65_HS1-834228961_62-HQ-83894_Section_8
Agency: FBI
Page 94
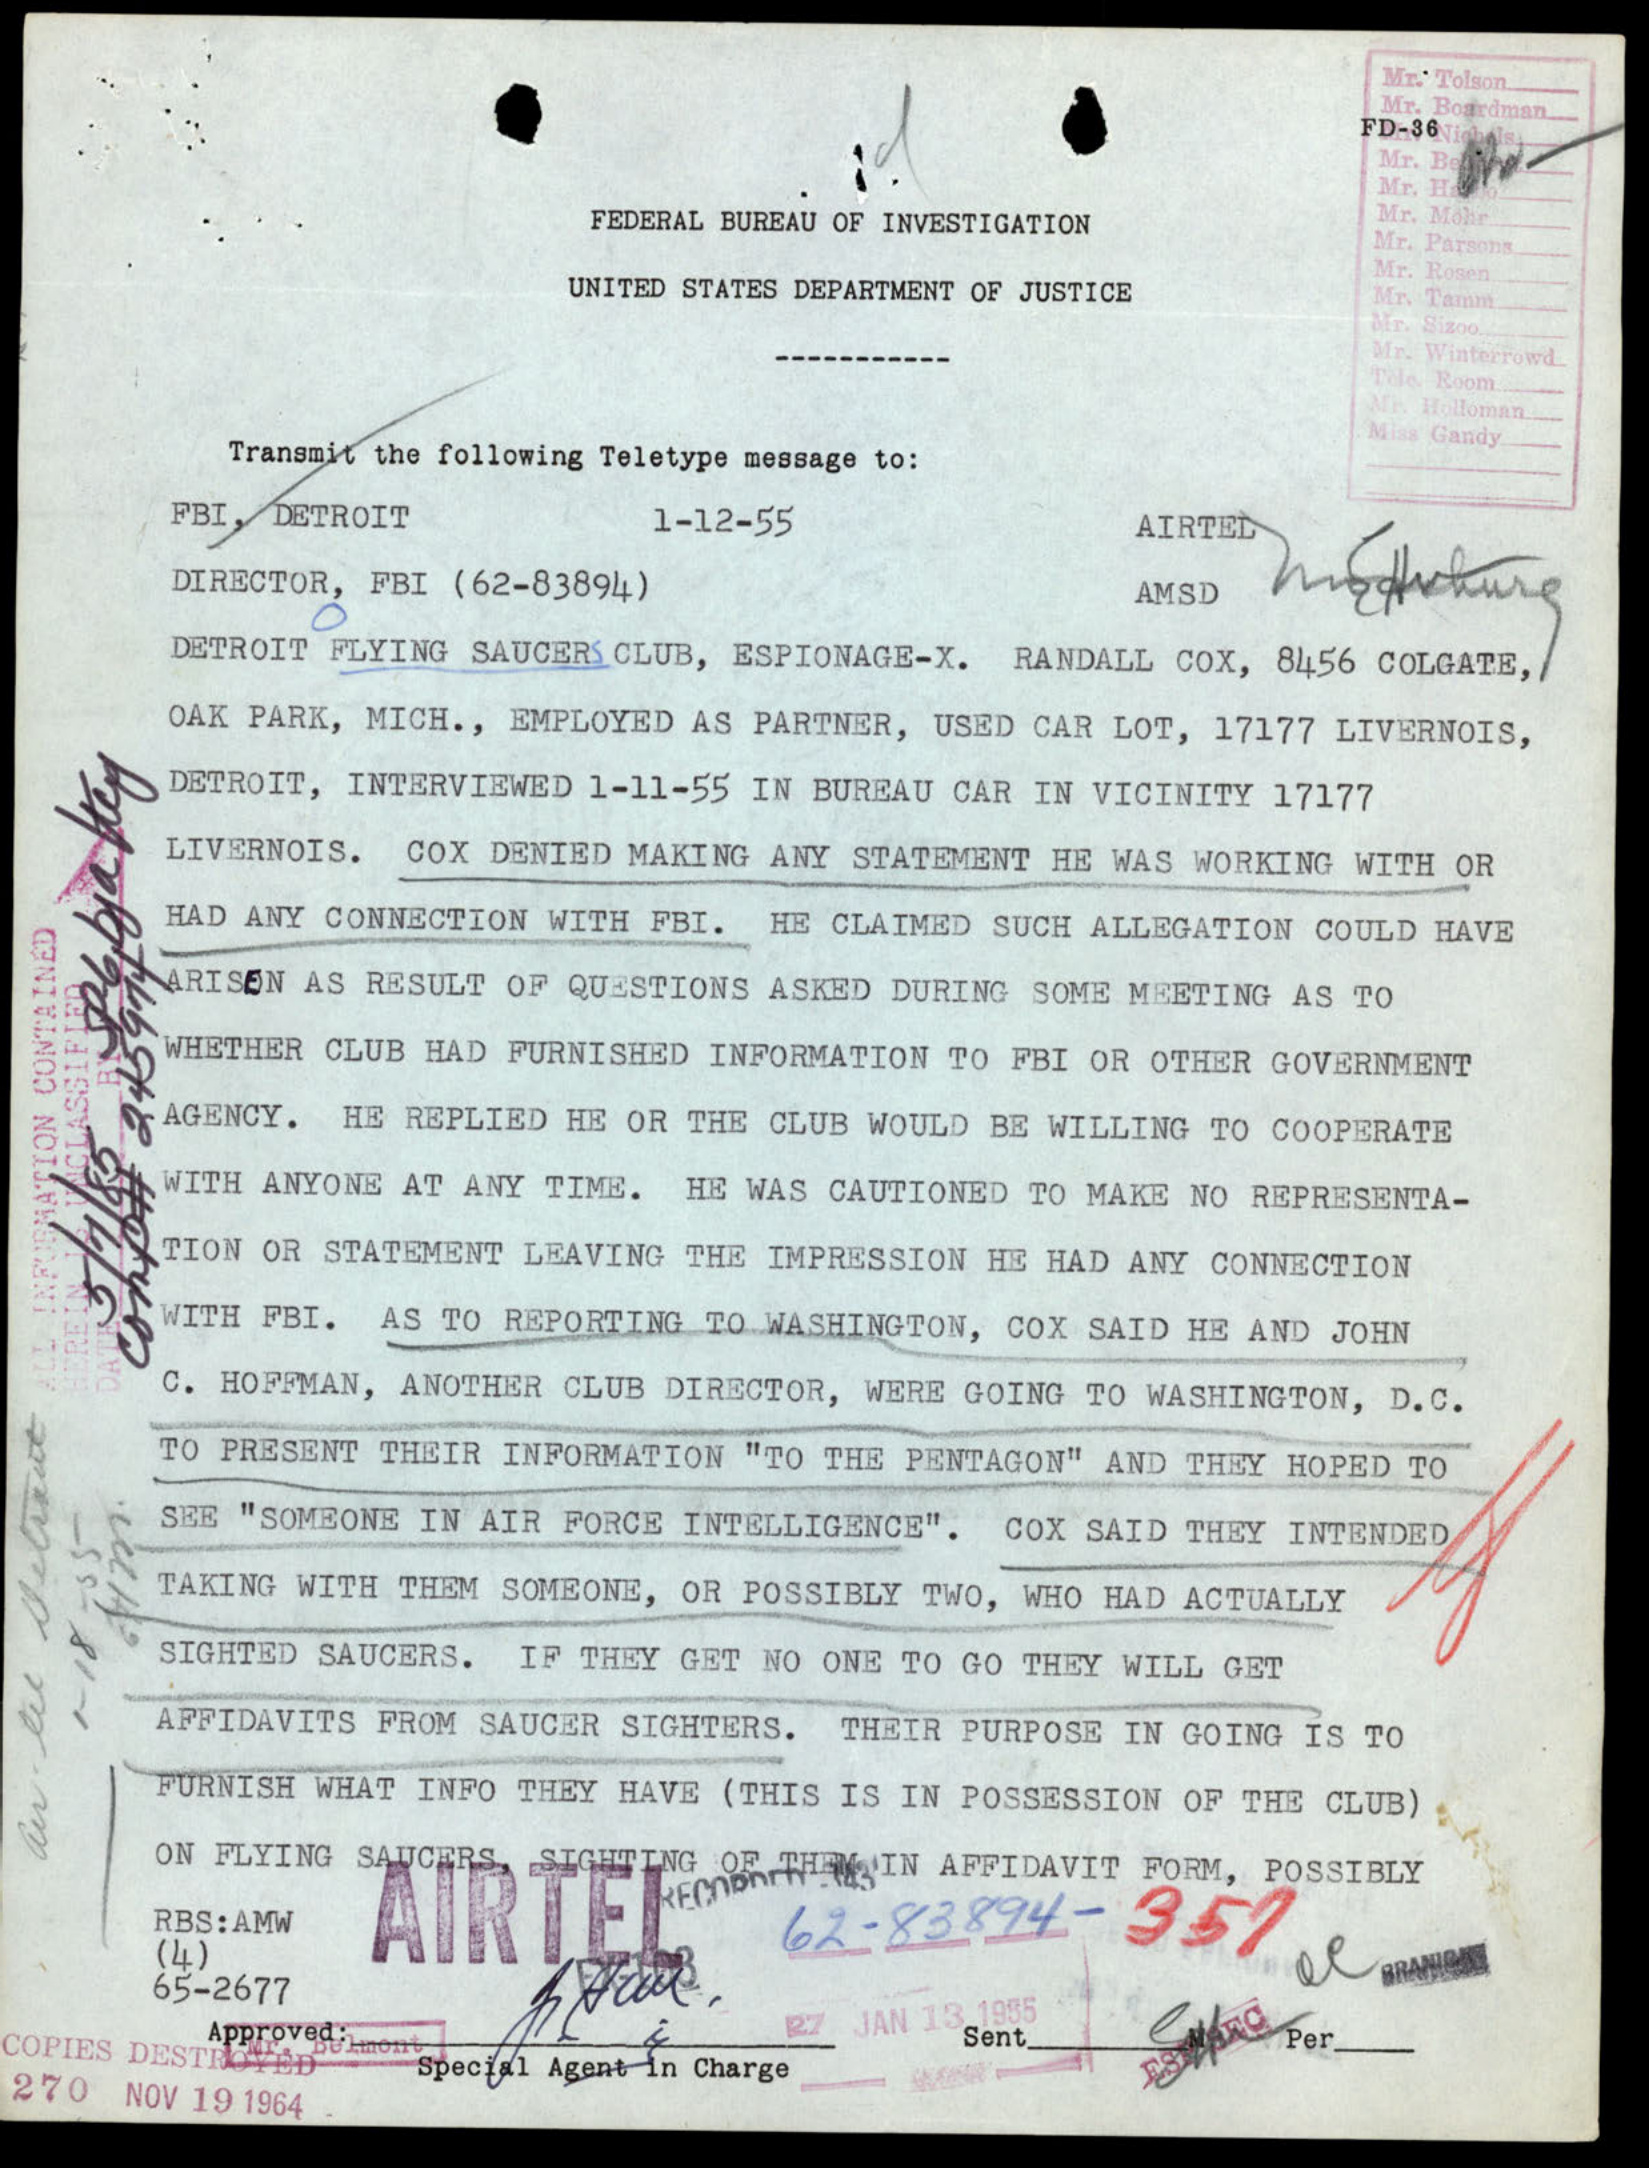